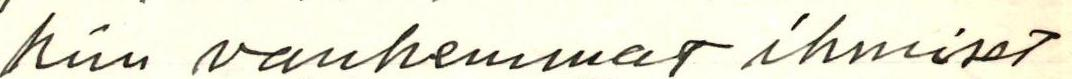
niin vanhemmat ihmiset